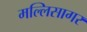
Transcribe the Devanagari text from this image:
मल्लिसागर